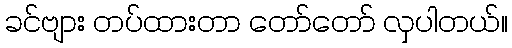
ခင်ဗျား တပ်ထားတာ တော်တော် လှပါတယ်။